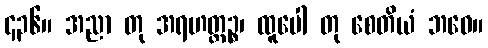
၄၃၆။ အညာ တု အရဟတ္တဉ္စ၊ ထူပေါ တု စေတိယံ ဘဝေ။